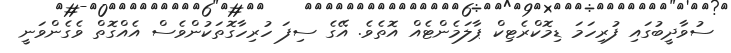
ސުވާދީބުގައި ފުރިހަމަ ޑިމޮކްރެޓިކް ޕާލަމެންޓެއް އޮތެވެ. އޭގެ ސިފަ ހުރިހާގޮތަކުންވެސް އެއްގޮތް ވެގެންވަނީ